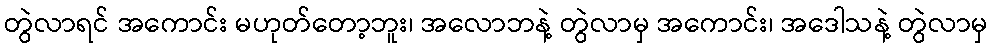
တွဲလာရင် အကောင်း မဟုတ်တော့ဘူး၊ အလောဘနဲ့ တွဲလာမှ အကောင်း၊ အဒေါသနဲ့ တွဲလာမှ